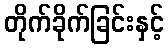
တိုက်ခိုက်ခြင်းနှင့်